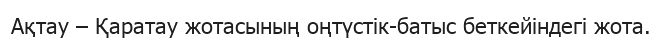
Ақтау – Қаратау жотасының оңтүстік-батыс беткейіндегі жота.